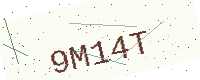
Text: 9M14T